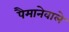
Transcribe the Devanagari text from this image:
पैमानेवाले